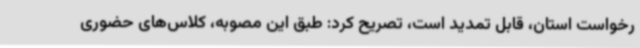
رخواست استان، قابل تمدید است، تصریح کرد: طبق این مصوبه، کلاس‌های حضوری